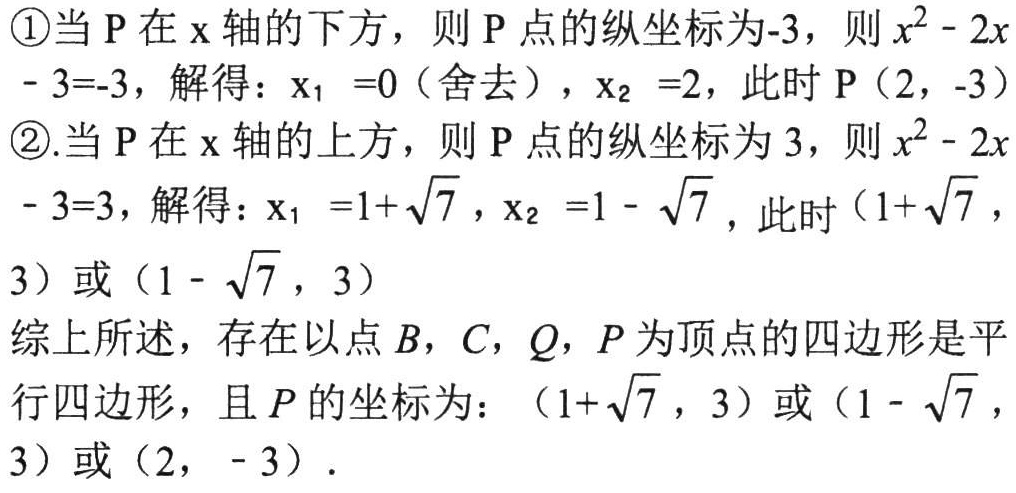
\textcircled{1}当 \(P\) 在 \(x\) 轴的下方，则 \(P\) 点的纵坐标为\(-3\)，则 \(x^{2}-2x - 3=-3\)，解得：\(x_{1} =0\)（舍去），\(x_{2} =2\)，此时 \(P(2,-3)\)
\textcircled{2}.当 \(P\) 在 \(x\) 轴的上方，则 \(P\) 点的纵坐标为 \(3\)，则 \(x^{2}-2x - 3=3\)，解得：\(x_{1} =1+\sqrt{7}\)，\(x_{2} =1 - \sqrt{7}\)，此时 \((1+\sqrt{7},3)\) 或 \((1 - \sqrt{7},3)\)

综上所述，存在以点 \(B\)，\(C\)，\(Q\)，\(P\) 为顶点的四边形是平行四边形，且 \(P\) 的坐标为：\((1+\sqrt{7},3)\) 或 \((1 - \sqrt{7},3)\) 或 \((2, - 3)\)．